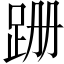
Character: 跚